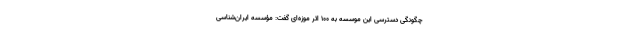
چگونگی دسترسی این موسسه به ۱۰۰ اثر موزه‌ای گفت: مؤسسه ایران‌شناسی